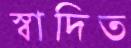
স্বাদিত